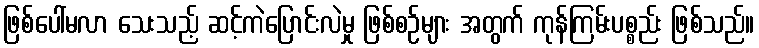
ဖြစ်ပေါ်မလာ သေးသည့် ဆင့်ကဲပြောင်းလဲမှု ဖြစ်စဉ်များ အတွက် ကုန်ကြမ်းပစ္စည်း ဖြစ်သည်။